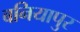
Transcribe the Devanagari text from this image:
बनियापुर